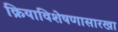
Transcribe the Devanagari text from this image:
क्रियाविशेषणासारखा